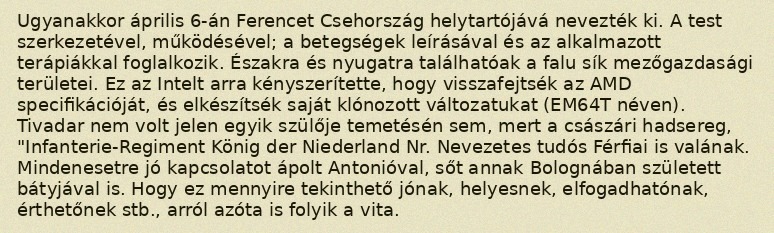
Ugyanakkor április 6-án Ferencet Csehország helytartójává nevezték ki. A test szerkezetével, működésével; a betegségek leírásával és az alkalmazott terápiákkal foglalkozik. Északra és nyugatra találhatóak a falu sík mezőgazdasági területei. Ez az Intelt arra kényszerítette, hogy visszafejtsék az AMD specifikációját, és elkészítsék saját klónozott változatukat (EM64T néven). Tivadar nem volt jelen egyik szülője temetésén sem, mert a császári hadsereg, "Infanterie-Regiment König der Niederland Nr. Nevezetes tudós Férfiai is valának. Mindenesetre jó kapcsolatot ápolt Antonióval, sőt annak Bolognában született bátyjával is. Hogy ez mennyire tekinthető jónak, helyesnek, elfogadhatónak, érthetőnek stb., arról azóta is folyik a vita.